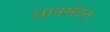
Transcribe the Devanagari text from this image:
आनसेटत्